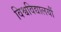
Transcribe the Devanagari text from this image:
विश्वविद्यालयौं